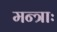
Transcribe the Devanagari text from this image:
मन्त्राः